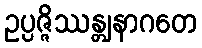
ဥပ္ပဇ္ဇိဿန္တျနာဂတေ